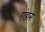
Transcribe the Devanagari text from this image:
एंडल